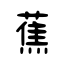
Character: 蕉